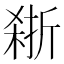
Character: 𪲽